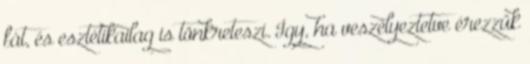
fát, és esztétikailag is tönkreteszi. Így, ha veszélyeztetve érezzük